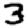
Digit: 3